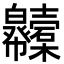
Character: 𢆇